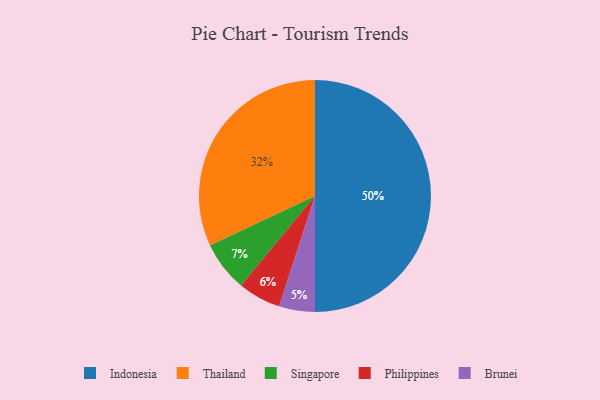
{"axis": {"x": "Category", "y": "Percentage"}, "legend": ["Brunei", "Indonesia", "Philippines", "Singapore", "Thailand"], "data": [{"x": "Indonesia", "y": 50, "type": "Indonesia"}, {"x": "Philippines", "y": 6, "type": "Philippines"}, {"x": "Thailand", "y": 32, "type": "Thailand"}, {"x": "Brunei", "y": 5, "type": "Brunei"}, {"x": "Singapore", "y": 7, "type": "Singapore"}]}